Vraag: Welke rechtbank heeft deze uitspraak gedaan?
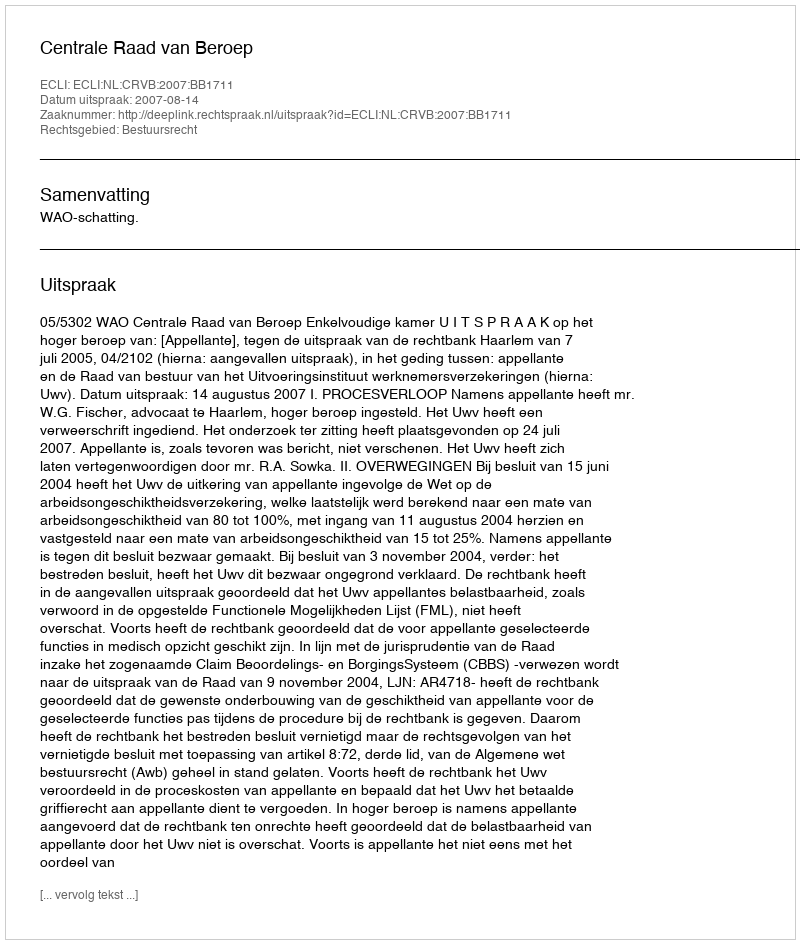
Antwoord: Centrale Raad van Beroep